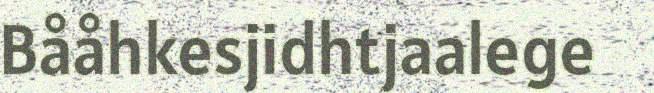
Bååhkesjidhtjaalege